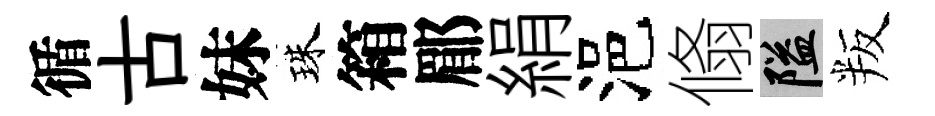
循古妹珠箱郿絹浥翛隘叛